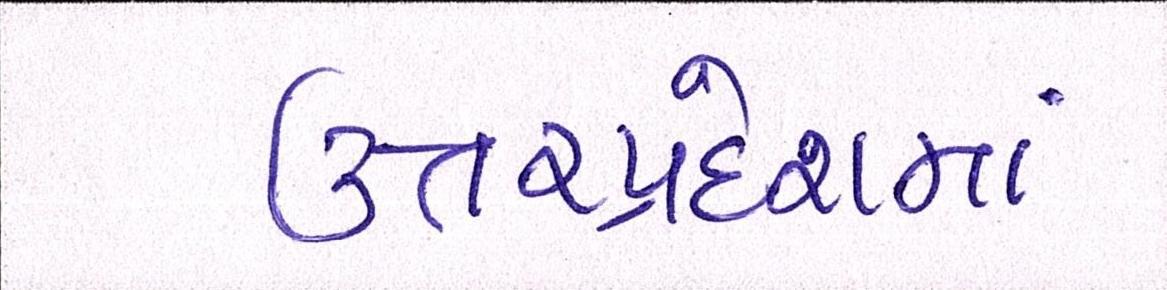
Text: ઉત્તરપ્રદેશમાં